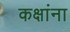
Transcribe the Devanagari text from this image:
कक्षांना